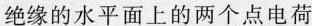
绝缘的水平面上的两个点电荷